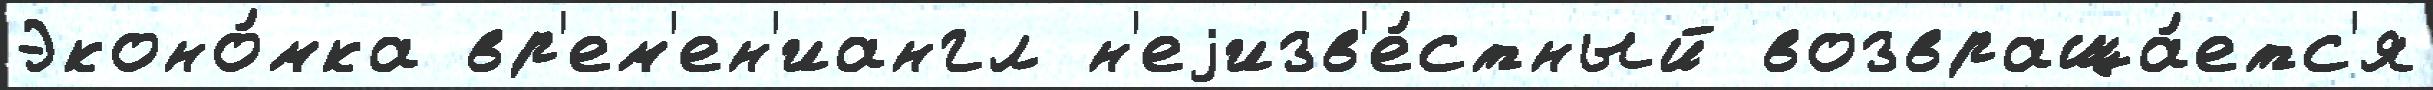
Эконо́мка вр'ем'ен'иангл н'еjизв'е́стный возвраща́етс'я